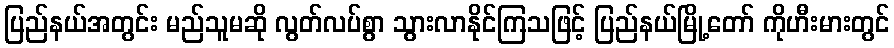
ပြည်နယ်အတွင်း မည်သူမဆို လွတ်လပ်စွာ သွားလာနိုင်ကြသဖြင့် ပြည်နယ်မြို့တော် ကိုဟီးမားတွင်